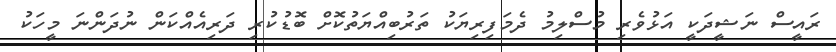
ރައީސް ނަޝީދަކީ އަޅުވެރި މުސްލިމު ދެމަފިރިޔަކު ތަރުބިއްޔަތުކޮށް ބޮޑުކުރި ދަރިއެއްކަން ނުދަންނަ މީހަކު